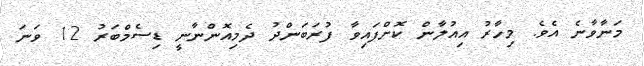
މަނާވާނެ އެވެ. މިހާރު އިއުލާން ކޮށްފައިވާ ފުރަބަންދު ދެމިއޮންނާނީ ޑިސެމްބަރު 12 ވަނަ